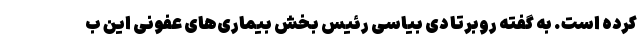
کرده است. به گفته روبرتا دی بیاسی رئیس بخش بیماری‌های عفونی این ب